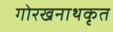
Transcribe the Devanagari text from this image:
गोरखनाथकृत